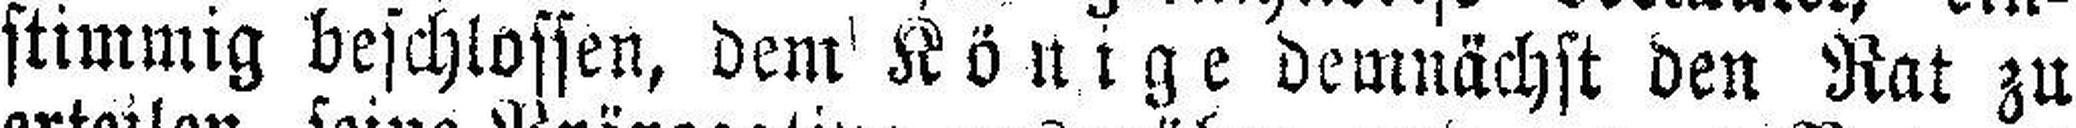
stimmig beschlossen, dem Könige demnächst den Rat zu